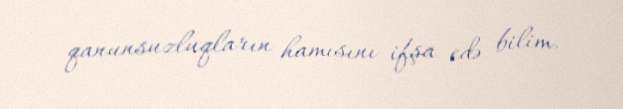
qanunsuzluqların hamısını ifşa edə bilim.